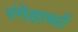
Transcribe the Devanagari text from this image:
रंगेहाथों